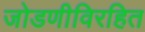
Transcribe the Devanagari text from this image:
जोडणीविरहित